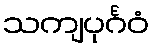
သကျပုင်္ဂဝံ